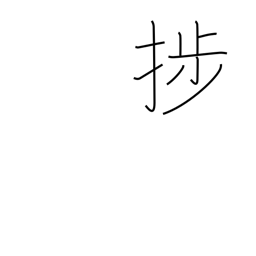
Meaning: make progress